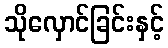
သိုလှောင်ခြင်းနှင့်